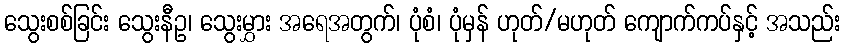
သွေးစစ်ခြင်း သွေးနီဥ၊ သွေးမွှား အရေအတွက်၊ ပုံစံ၊ ပုံမှန် ဟုတ်/မဟုတ် ကျောက်ကပ်နှင့် အသည်း